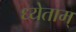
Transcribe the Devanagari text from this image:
ध्येताम्